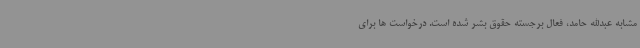
مشابه عبدالله حامد، فعال برجسته حقوق بشر شده است. درخواست ها برای